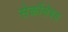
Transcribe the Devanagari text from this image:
सेर्कोसेबस